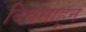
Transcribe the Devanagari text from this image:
दिवसाहून